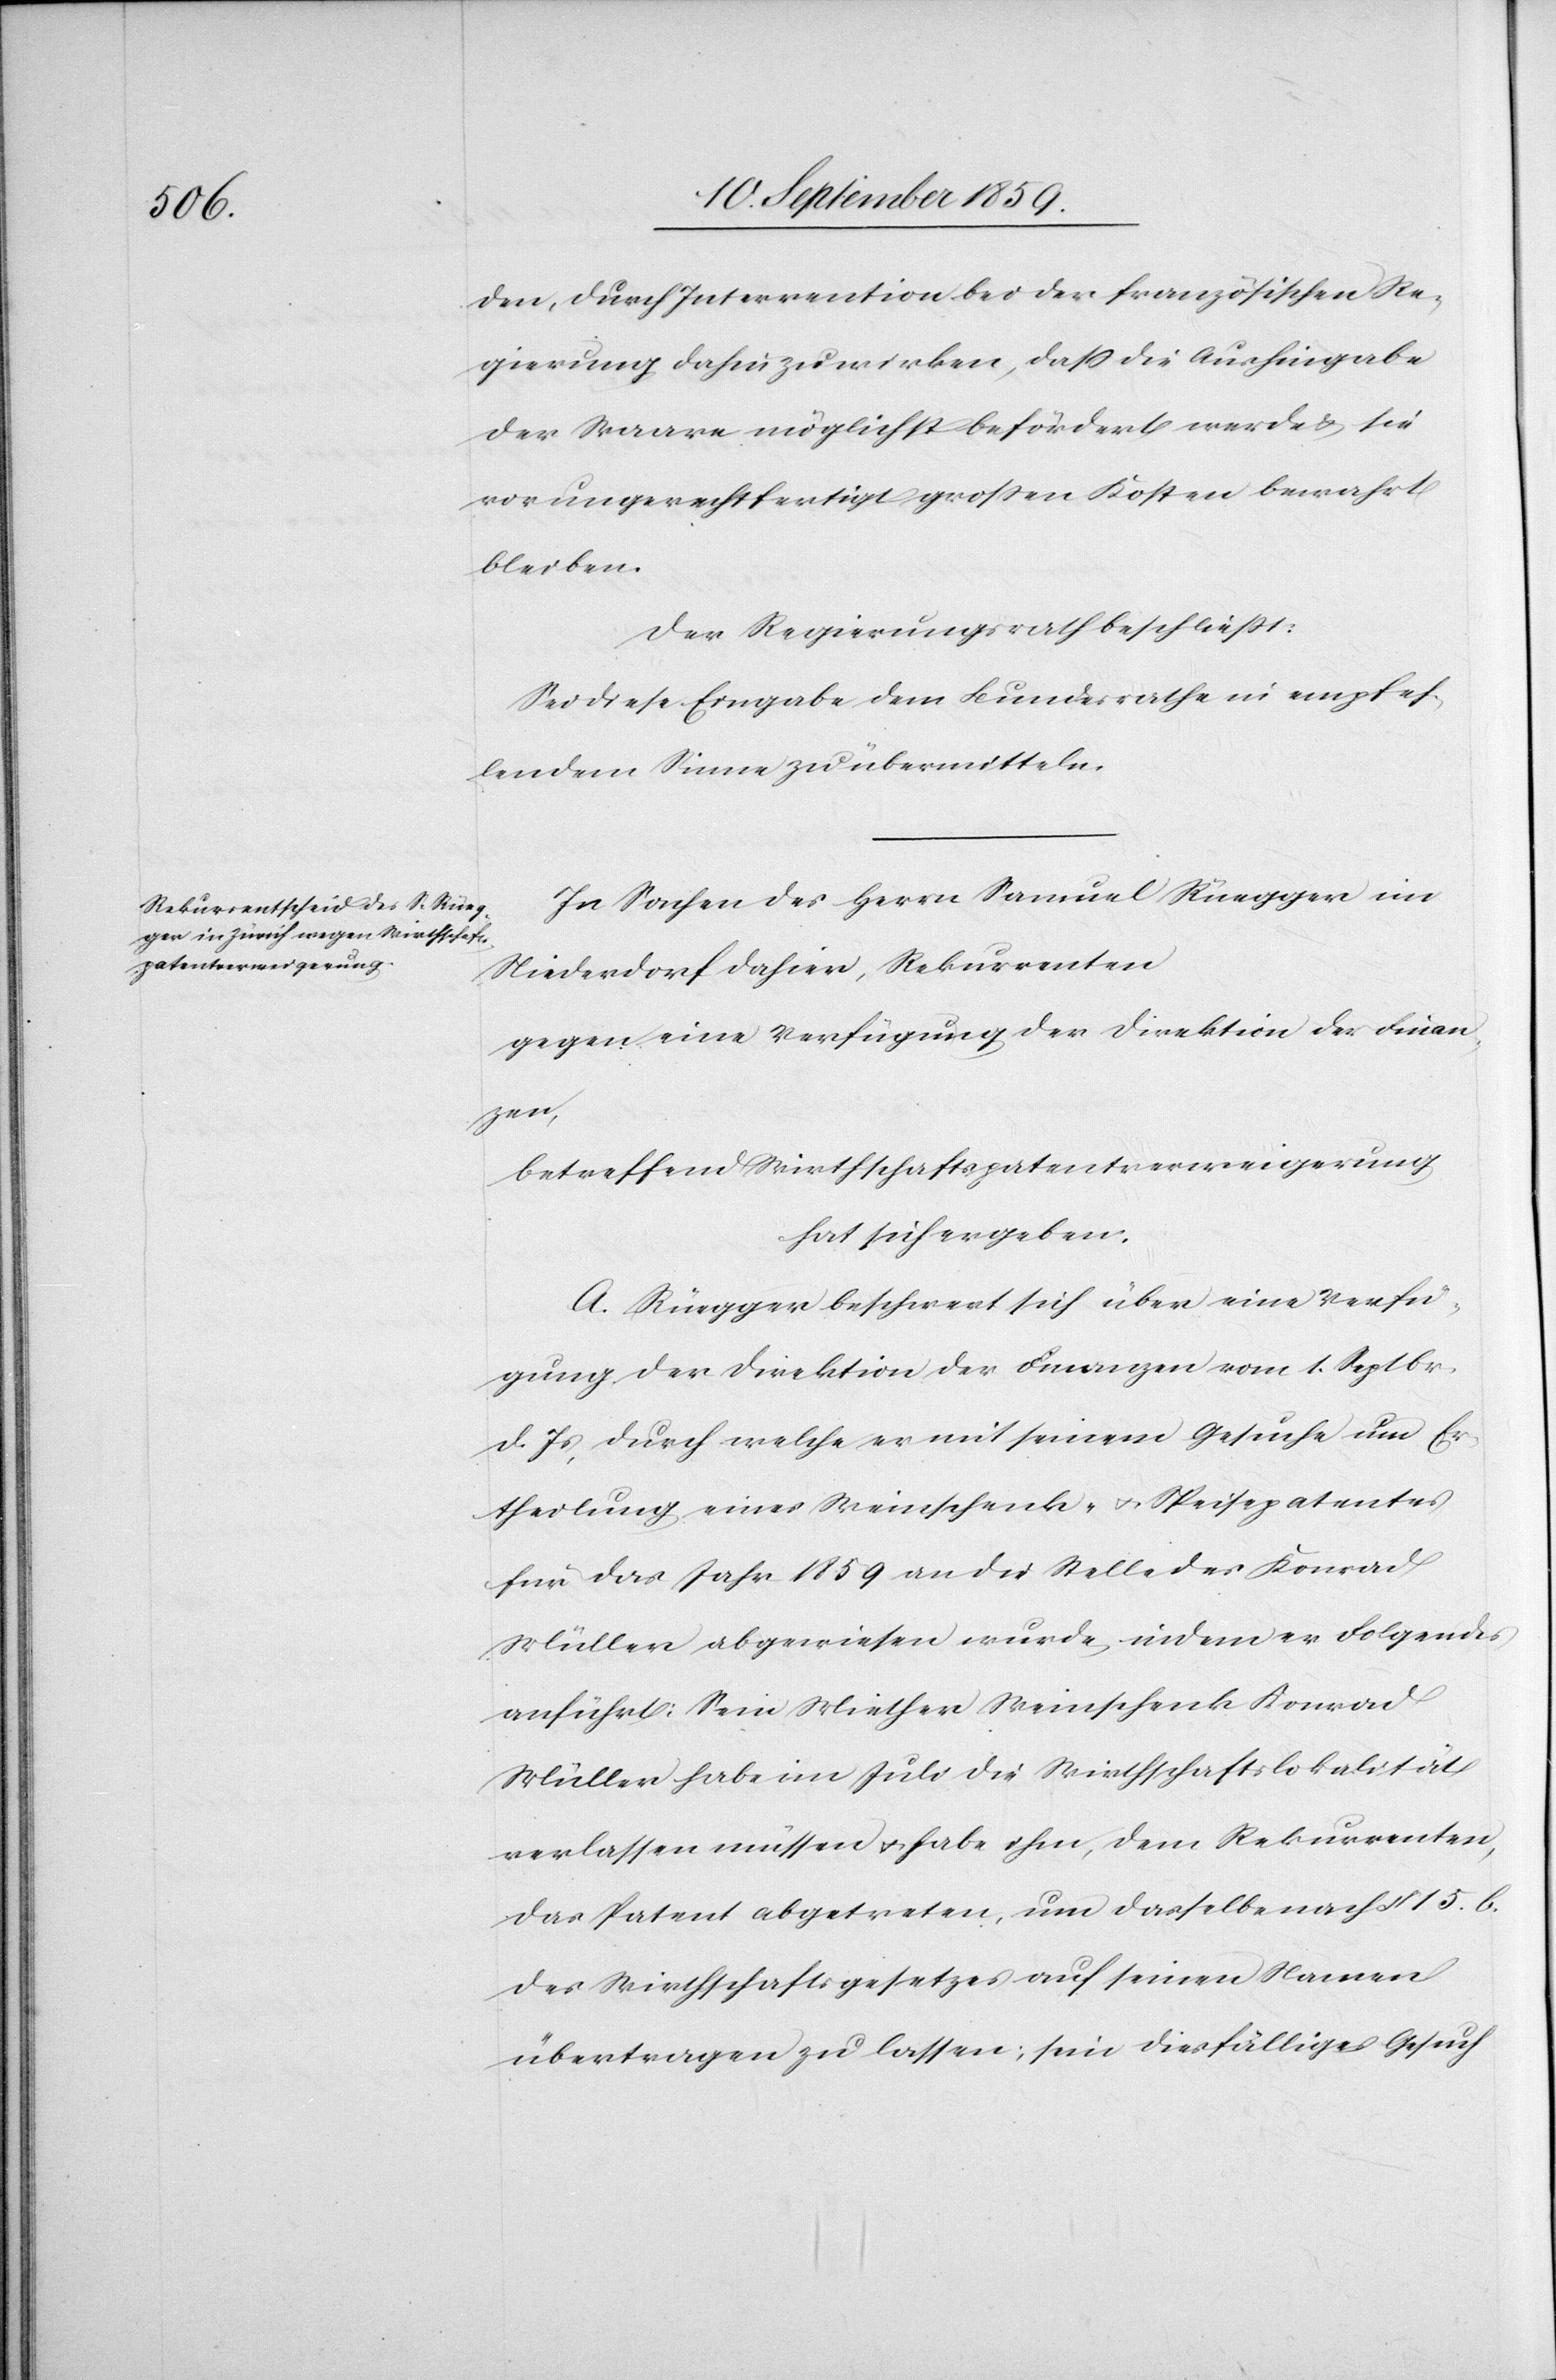
den, durch Intervention bei der französischen Re¬
gierung dahin zu wirken, daß die Aushingabe
der Waare möglichst befördert werde & sie
vor ungerechtfertigt großen Kosten bewahrt
bleiben.
Der Regierungsrath beschließt:
Sei diese Eingabe dem Bundesrathe in empfeh¬
lendem Sinne zu übermitteln.
In Sachen des Herrn Samuel Rüegger im
Niederdorf dahier, Rekurrenten
gegen eine Verfügung der Direktion des Innern,
betreffend Wirthschaftspatentverweigerung
hat sich ergeben.
A. Rüegger beschwert sich über eine Verfü¬
gung der Direktion der Finanzen vom 1. Septbr.
d. Js., durch welche er mit seinem Gesuche um Er¬
theilung eines Weinschenk- & Speisepatentes
für das Jahr 1859 an die Stelle des Konrad
Müller abgewiesen wurde, indem er Folgendes
anführt: Sein Miether Weinschenk Konrad
Müller habe im Juli die Wirthschaftslokalität
verlassen müssen & habe ihm, dem Rekurrenten,
das Patent abgetreten, um dasselbe nach § 15. b.
des Wirthschaftsgesetzes auf seinen Namen
übertragen zu lassen; sein diesfälliges Gesuch